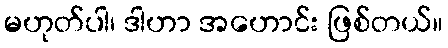
မဟုတ်ပါ၊ ဒါဟာ အဟောင်း ဖြစ်တယ်။